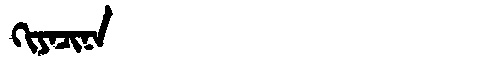
Manchu: ᡴᡳᠶᠠᠴᡳᠨᠠ
Romanization: KIYACINA